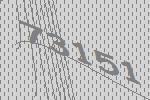
73151